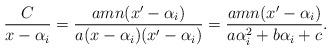
LaTeX: \begin{align*}\frac{C}{x-\alpha_i}=\frac{amn(x'-\alpha_i)}{a(x-\alpha_i)(x'-\alpha_i)}=\frac{amn(x'-\alpha_i)}{a\alpha_i^2+b\alpha_i+c}.\end{align*}